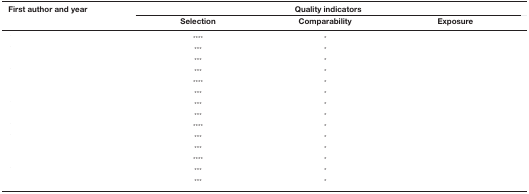
<table><thead><tr><td><b>First author and year</b></td><td colspan="3"><b>Quality indicators</b></td></tr><tr><td>[EMPTY_CELL]</td><td><b>Selection</b></td><td><b>Comparability</b></td><td><b>Exposure</b></td></tr></thead><tbody><tr><td>[EMPTY_CELL]</td><td>****</td><td>*</td><td>[EMPTY_CELL]</td></tr><tr><td>[EMPTY_CELL]</td><td>***</td><td>*</td><td>[EMPTY_CELL]</td></tr><tr><td>[EMPTY_CELL]</td><td>***</td><td>*</td><td>[EMPTY_CELL]</td></tr><tr><td>[EMPTY_CELL]</td><td>***</td><td>*</td><td>[EMPTY_CELL]</td></tr><tr><td>[EMPTY_CELL]</td><td>****</td><td>*</td><td>[EMPTY_CELL]</td></tr><tr><td>[EMPTY_CELL]</td><td>***</td><td>*</td><td>[EMPTY_CELL]</td></tr><tr><td>[EMPTY_CELL]</td><td>***</td><td>*</td><td>[EMPTY_CELL]</td></tr><tr><td>[EMPTY_CELL]</td><td>***</td><td>*</td><td>[EMPTY_CELL]</td></tr><tr><td>[EMPTY_CELL]</td><td>****</td><td>*</td><td>[EMPTY_CELL]</td></tr><tr><td>[EMPTY_CELL]</td><td>***</td><td>*</td><td>[EMPTY_CELL]</td></tr><tr><td>[EMPTY_CELL]</td><td>***</td><td>*</td><td>[EMPTY_CELL]</td></tr><tr><td>[EMPTY_CELL]</td><td>****</td><td>*</td><td>[EMPTY_CELL]</td></tr><tr><td>[EMPTY_CELL]</td><td>***</td><td>*</td><td>[EMPTY_CELL]</td></tr><tr><td>[EMPTY_CELL]</td><td>***</td><td>*</td><td>[EMPTY_CELL]</td></tr></tbody></table>